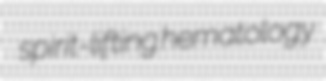
spirit-lifting hematology